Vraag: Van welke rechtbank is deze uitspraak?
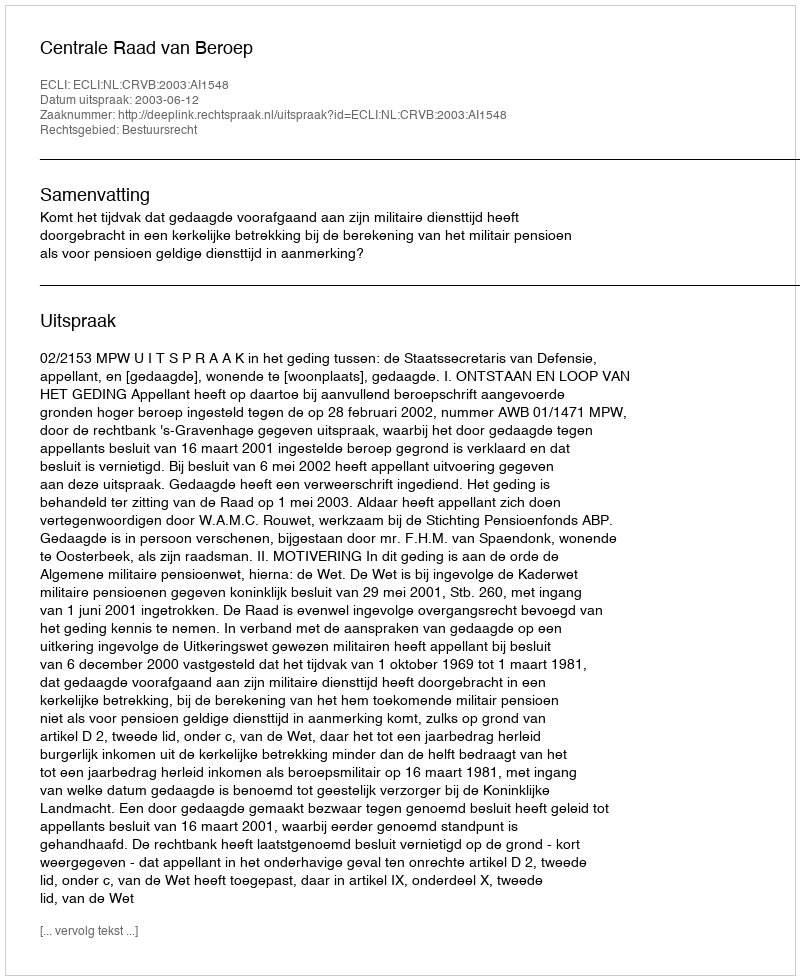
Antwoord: Centrale Raad van Beroep